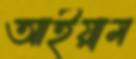
আইয়াম